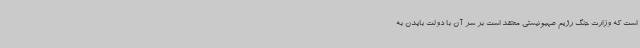
است که وزارت جنگ رژیم صهیونیستی معتقد است بر سر آن با دولت بایدن به